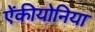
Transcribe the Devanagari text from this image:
ऐंकीयोनिया